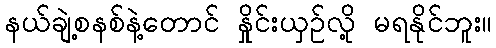
နယ်ချဲ့စနစ်နဲ့တောင် နှိုင်းယှဉ်လို့ မရနိုင်ဘူး။